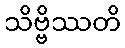
သိဗ္ဗိဿတိ